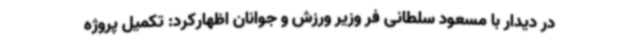
در دیدار با مسعود سلطانی فر وزیر ورزش و جوانان اظهارکرد: تکمیل پروژه